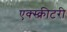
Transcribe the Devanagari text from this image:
एक्स्क्रीटरी